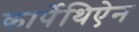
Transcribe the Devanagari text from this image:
कार्पेथिऐन